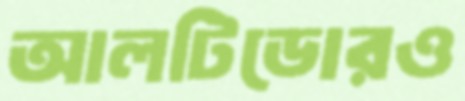
আলটিডোরও